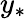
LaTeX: y_{*}